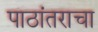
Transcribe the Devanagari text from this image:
पाठांतराचा